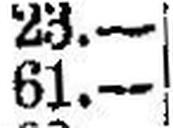
61.—